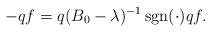
LaTeX: \begin{align*}-qf = q(B_0-\lambda)^{-1}\operatorname{sgn}(\cdot)qf.\end{align*}